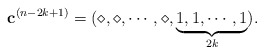
\begin{align*}\mathbf{c}^{(n-2k+1)}=(\diamond,\diamond,\cdots,\diamond,\underbrace{1,1,\cdots,1}_{2k}).\end{align*}